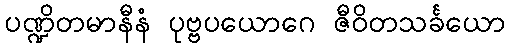
ပဏ္ဍိတမာနီနံ ပုဗ္ဗပယောဂေ ဇီဝိတသင်္ခယော